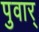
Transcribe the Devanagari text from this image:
पुवार्